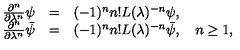
\begin{array} { r c l } { \frac { \partial ^ { n } } { \partial \lambda ^ { n } } \psi } & { = } & { ( - 1 ) ^ { n } n ! L ( \lambda ) ^ { - n } \psi , } \\ { \frac { \partial ^ { n } } { \partial \lambda ^ { n } } \bar { \psi } } & { = } & { ( - 1 ) ^ { n } n ! L ( \lambda ) ^ { - n } \bar { \psi } , \quad n \geq 1 , } \\ \end{array}